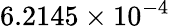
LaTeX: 6.2145\times 10^{-4}